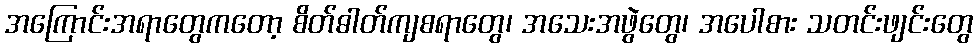
အကြောင်းအရာတွေကတော့ စိတ်ဓါတ်ကျစရာတွေ၊ အသေးအဖွဲတွေ၊ အပေါစား သတင်းဖျင်းတွေ